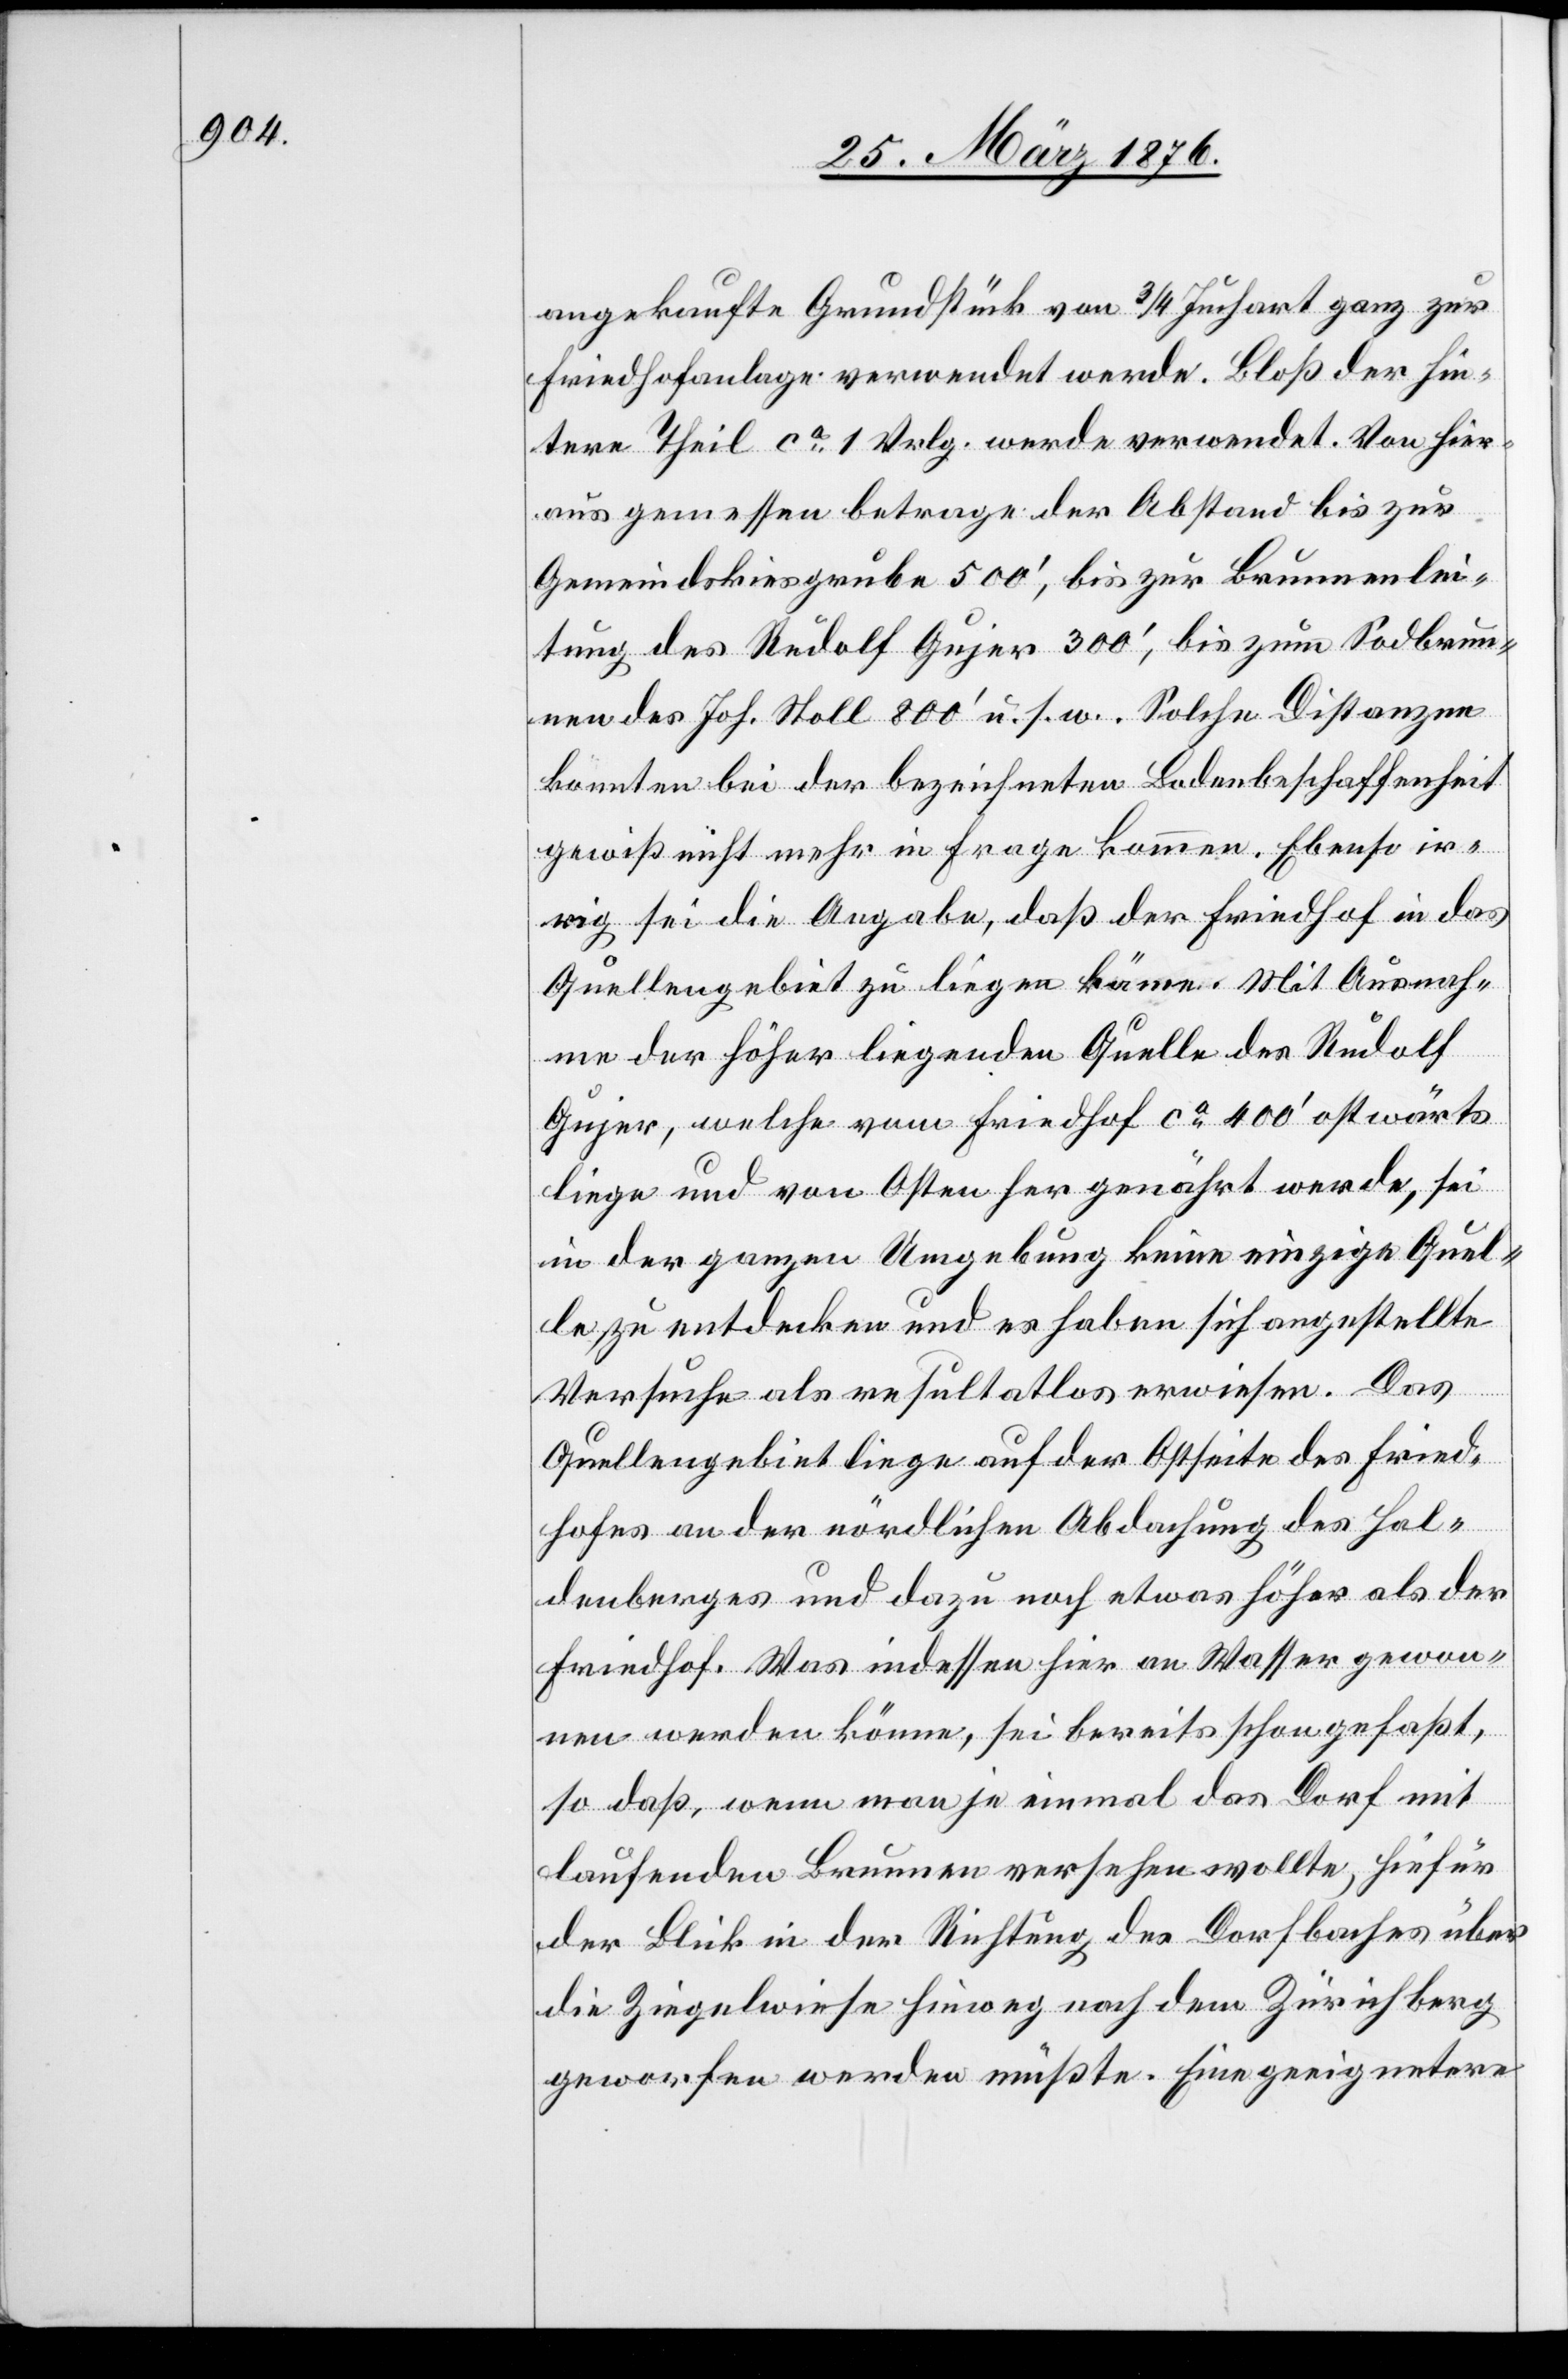
angekaufte Grundstück von 3/4 Juchart ganz zur
Friedhofanlage verwendet werde. Bloß der hin¬
tere Theil ca 1 Vrlg. werde verwendet. Von hier¬
aus gemessen betrage der Abstand bis zur
Gemeindskiesgrube 500’, bis zur Brunnenlei¬
tung des Rudolf Gujer 300’, bis zum Sodbrun¬
nen des Joh. Stoll 800’ u. s. w. Solche Distanzen
könnten bei der bezeichneten Bodenbeschaffenheit
gewiß nicht mehr in Frage kommen. Ebenso ir¬
rig sei die Angabe, daß der Friedhof in das
Quellengebiet zu liegen käme. Mit Ausnah¬
me der höher liegenden Quelle des Rudolf
Gujer, welche vom Friedhof ca 400’ ostwärts
liege und von Osten her genährt werde, sei
in der ganzen Umgebung keine einzige Quel¬
le zu entdecken und es haben sich angestellte
Versuche als resultatlos erwiesen. Das
Quellengebiet liege auf der Ostseite des Fried¬
hofes an der nördlichen Abdeckung des Hal¬
denberges und dazu noch etwas höher als der
Friedhof. Was indessen hier an Wasser gewon¬
nen werden könne, sei bereits schon gefaßt,
so daß, wenn man ja einmal das Dorf mit
laufenden Brunnen versehen wollte, hiefür
der Blick in der Richtung des Dorfbaches über
die Ziegelwiese hinweg nach dem Zürichberg
geworfen werden müßte. Eine geeignetere